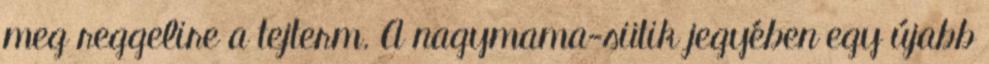
meg reggelire a tejterm. A nagymama-sütik jegyében egy újabb